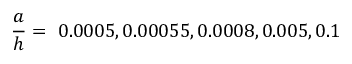
\frac { a } { h } = ~ 0 . 0 0 0 5 , 0 . 0 0 0 5 5 , 0 . 0 0 0 8 , 0 . 0 0 5 , 0 . 1